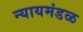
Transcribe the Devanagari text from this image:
न्यायमंडळ